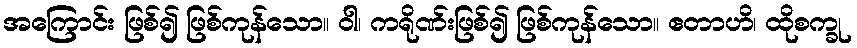
အကြောင်း ဖြစ်၍ ဖြစ်ကုန်သော။ ဝါ၊ ကရိုဏ်းဖြစ်၍ ဖြစ်ကုန်သော။ ဧတာဟိ၊ ထိုစက္ခု